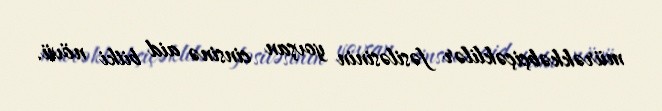
mürəkkəbçiçəklilər fəsiləsinin yovşan cinsinə aid bitki növü.